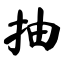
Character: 抽